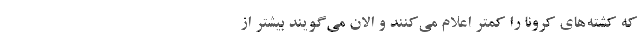
که کشته‌های کرونا را کمتر اعلام می‌کنند و الان می‌گویند بیشتر از